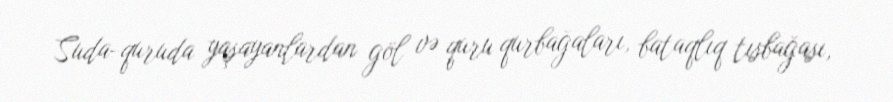
Suda-quruda yaşayanlardan göl və quru qurbağaları, bataqlıq tısbağası,